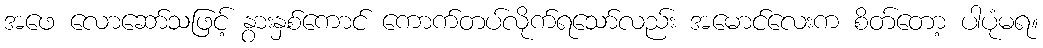
အဖေ လောဆော်သဖြင့် နွားနှစ်ကောင် ကောက်တပ်လိုက်ရသော်လည်း အမောင်လေးက စိတ်တော့ ပါပုံမရ။